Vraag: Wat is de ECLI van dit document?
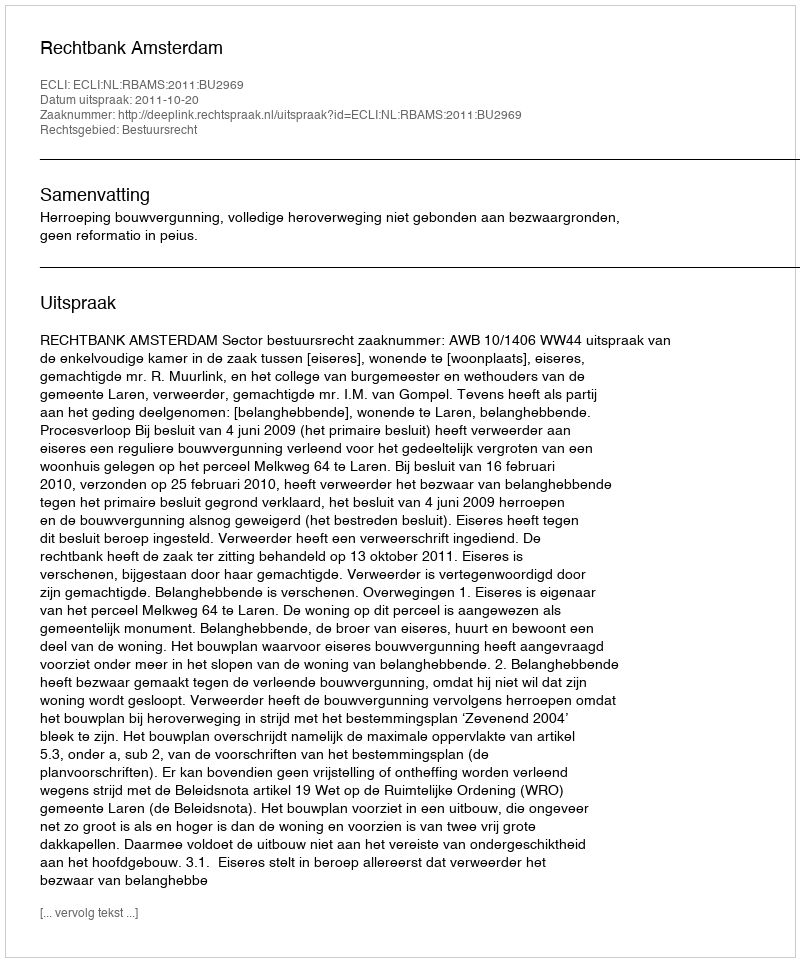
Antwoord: ECLI:NL:RBAMS:2011:BU2969